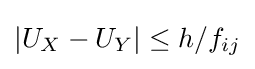
|U_{X}-U_{Y}|\leq h/f_{ij}